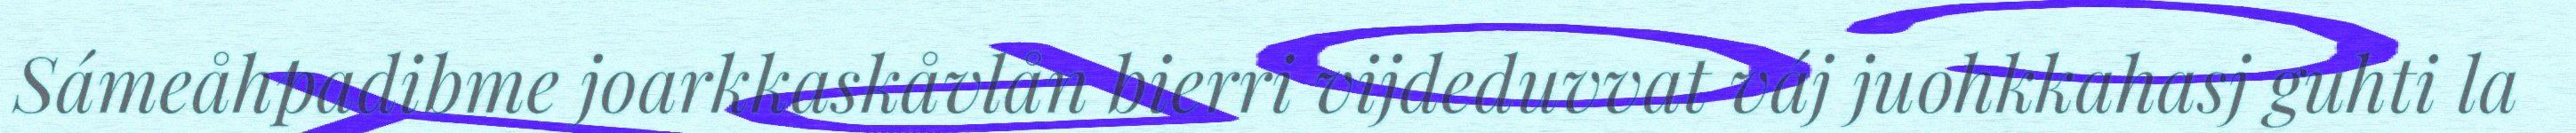
Sámeåhpadibme joarkkaskåvlån bierri vijdeduvvat váj juohkkahasj guhti la